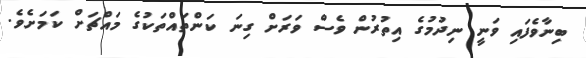
ބިނާވެފައި ވަނީ ނިދުމުގެ އިތުރުން ވެސް ވަރަށް ގިނަ ކަންތައްތަކުގެ މައްޗަށް ކަމަށެވެ.